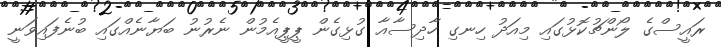
ރައީސްގެ ލޯންޗުކޮޅުގައި މިއަދު ހިނގި ހާދިސާއާ ގުޅިގެން ޕީޕީއެމުން ނެރުނު ބަޔާނެއްގައި ބުނެފައިވަނީ